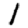
Digit: 1